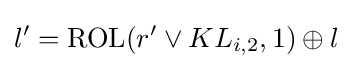
l'={\rm {ROL}}(r'\vee KL_{i,2},1)\oplus l